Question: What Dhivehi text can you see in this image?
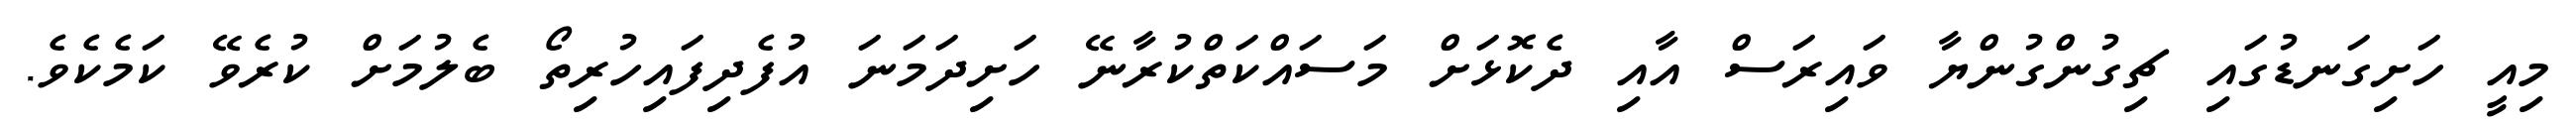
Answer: މިއީ ހަށިގަނޑުގައި ޗިގުންގުންޔާ ވައިރަސް އާއި ދެކޮޅަށް މަސައްކަތްކުރާނޭ ހަށިދަމަނަ އުފެދިފައިހުރިތޯ ބެލުމަށް ކުރެވޭ ކަމެކެވެ.